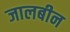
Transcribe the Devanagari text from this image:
जालबीन